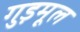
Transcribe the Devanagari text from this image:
गुड़मूल